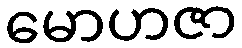
မောဟဇာ